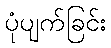
ပုံပျက်ခြင်း